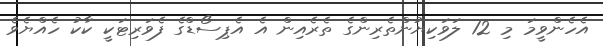
އެހެންވީމަ މި 12 ލަވަކިޔުންތެރިންގެ ތެރެއިން އެ އެޕިސޯޑްގެ ފެވަރިޓަކީ ކާކު ހެއްޔެވެ